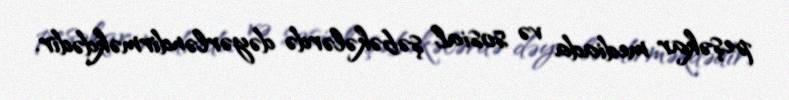
peşəkar mediada və sosial şəbəkələrdə dəyərləndirməkdədir.